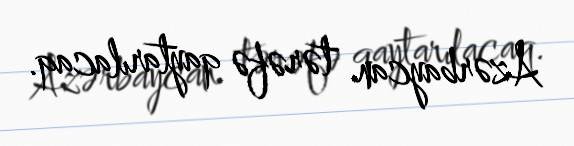
Azərbaycan tərəfə qaytarılacaq.